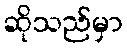
ဆိုသည်မှာ